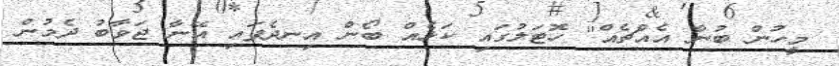
މީހުން ބުނާ އެއްޗެއް" ހޮޓަލުގައި ކަޅެއް ބޯން އިނދެފައި އޭނާ ޖަވާބު ދެމުން